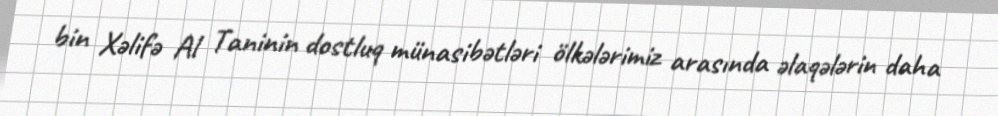
bin Xəlifə Al Taninin dostluq münasibətləri ölkələrimiz arasında əlaqələrin daha